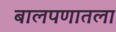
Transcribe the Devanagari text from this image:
बालपणातला